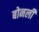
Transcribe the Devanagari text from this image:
बोनली